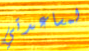
لمساعدتي